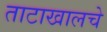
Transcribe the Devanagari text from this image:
ताटाखालचे